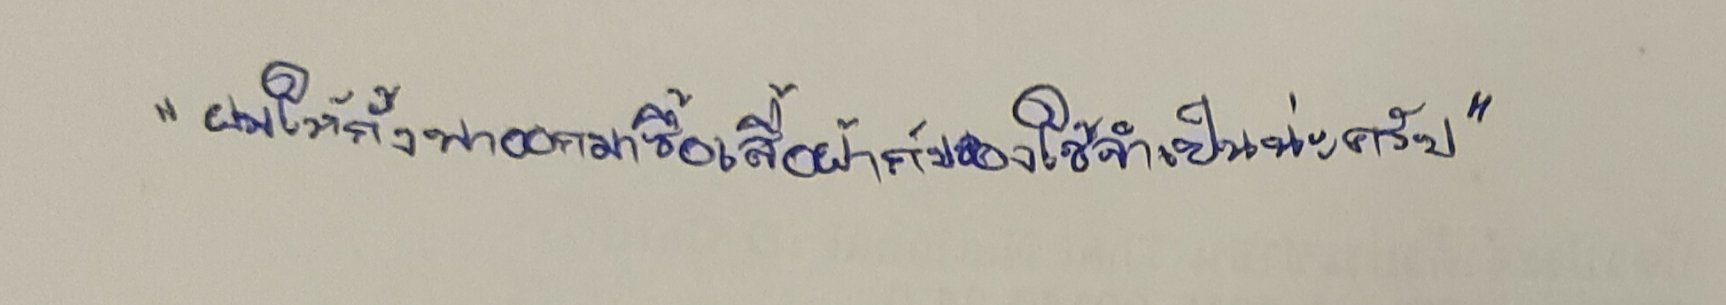
"ผมให้กั้งพาออกมาซื้อเสื้อผ้ากับของใช้จำเป็นน่ะครับ"